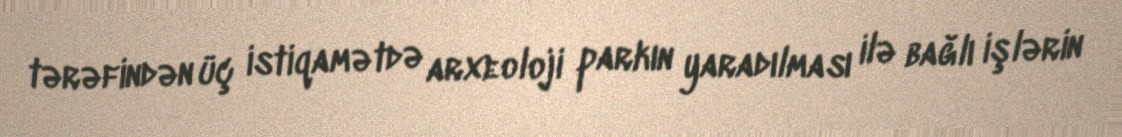
tərəfindən üç istiqamətdə arxeoloji parkın yaradılması ilə bağlı işlərin